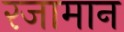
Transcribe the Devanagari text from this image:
रजामान